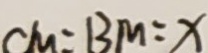
C M = B M = x